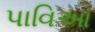
પાવિઆ